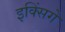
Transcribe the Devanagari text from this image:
इक्सिंगे